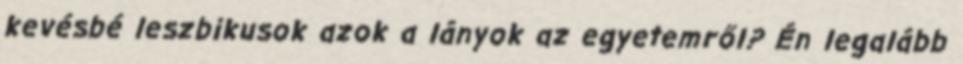
kevésbé leszbikusok azok a lányok az egyetemről? Én legalább